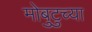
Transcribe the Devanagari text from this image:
मोबुटुच्या